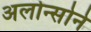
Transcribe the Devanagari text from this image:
अलोन्सोने